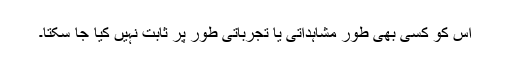
اس کو کسی بھی طور مشاہداتی یا تجرباتی طور پر ثابت نہیں کیا جا سکتا۔